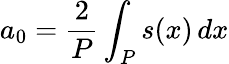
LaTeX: a_{0}={\frac{2}{P}}\int_{P}s(x)\, dx